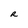
Character: R